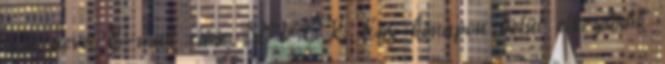
Ön neve: E-mail címe: DVTK: Egy hónapon belül elkezdődik